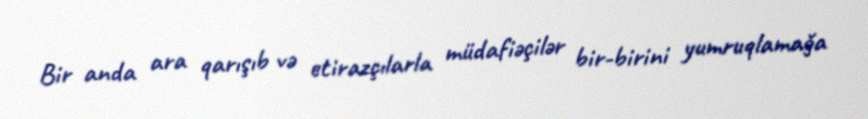
Bir anda ara qarışıb və etirazçılarla müdafiəçilər bir-birini yumruqlamağa